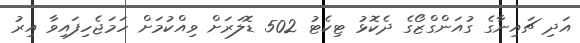
އަދި ޗައިނާގެ ގުއަންގްޒޯގެ ދެކޮޅު ޓިކެޓު 502 ޑޮލަރަށް ވިއްކުމަށް ހަމަޖެހިފައިވާ އިރު